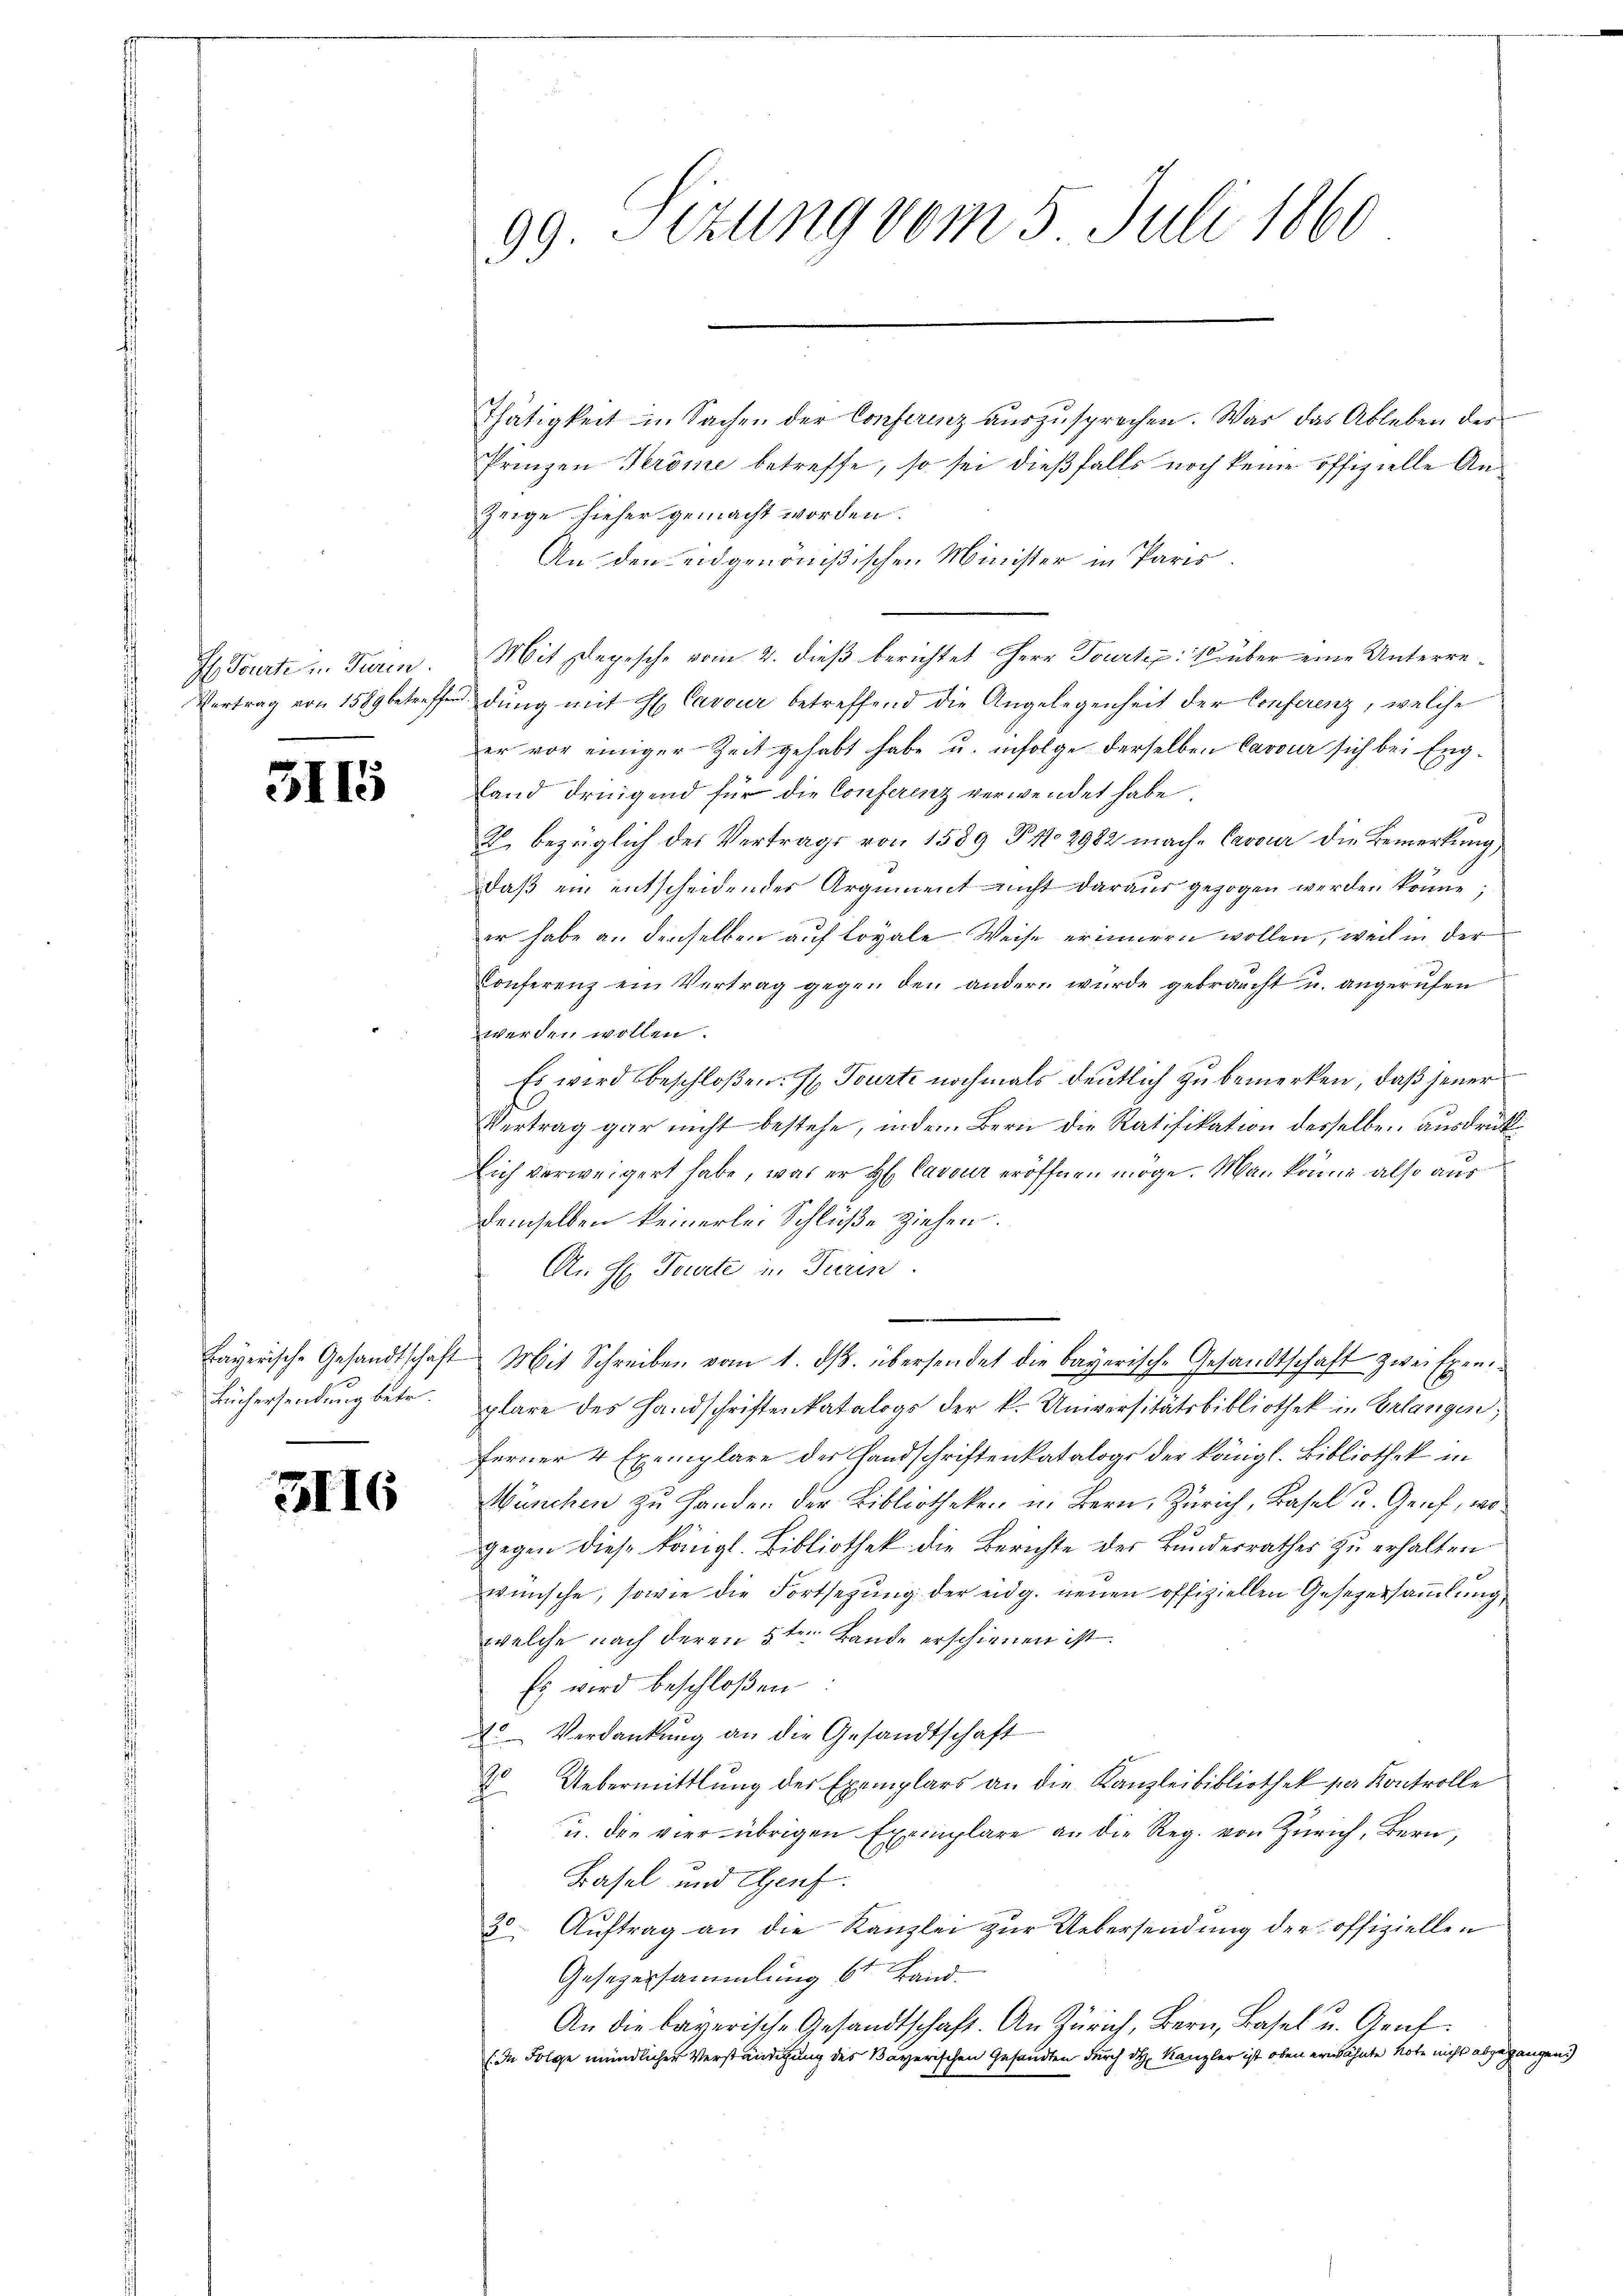
1. Tourte in Turin.
Vertrag von 1589 betreffen

311

31

1

Büchersendung betr.

I6

9. Sizung vom 5. Juli 1860
9.

Thätigkeit in Sachen der Conferenz auszusprechen. Was das Ableben des
Prinzen Keröme betreffe, so sei dießfalls noch keine offizielle An¬
Zeige hieher gemacht worden.
An den eidgenößischen Minister in Paris.
Mit Depesche vom 2. dieß berichtet Herr Fourkp: drüber eine Unterredung mit H. Cavour betreffend die Angelegenheit der Conferenz, welche
er vor einiger Zeit gehabt habe u. infolge derselben Cavoir sich bei England dreigend für die Conferenz verwendet habe.
2. bezüglich des Vertrags von 1589 P No 2982 mache Cavouir die Bemerkung,
daß ein entscheidender Argument nicht daraus gezogen werden könne;
er habe an denselben auf loyale Weise erinnern wollen, weil in der
Conferenz ein Vertrag gegen den andern wurde gebraucht u. angerufen
werden wollen.
Es wird beschloßen: H. Tourte nochmals deutlich zu bemerken, daß jener
Vertrag gar nicht bestehe, indem Bern die Ratifikation desselben ausdrück¬
Eich verweigert habe, was er H: Caveur eröffnen möge. Man könne also aus
Demselben keinerlei Schlüße ziehen.
An H. Tourte in Turin.
Bayerische Gesandtschaft Mit Schreiben vom 1. dβ. übersendet die bayerische Gesandtschaft zwei Exem
plare des Handschriftenkatalogs der k. Universitätsbibliothek in Erlangen,
ferner 4 Exemplare des Handschriftenkatalogs der königl. Bibliothek in
Wünchen zu Handen der Bibliotheken u. Bern, Zürich, Basel u. Genf, wogegen diese königl. Bibliothek die Berichte der Bundesrathes zu erhalten
wünsche, sowie die Fortsezung der eidg. neuen offiziellen Gesezersammlung
welche nach deren 5ten Bande erschienen ist.
Es wird beschloßen
4 Verdankŭng an die Gesandtschaft
2 Uebermittlung der Exemplars an die Kanzleibibliothek par Kontrolle
u. die vier übrigen Exemplare an die Reg. von Zürich, Bern,
Basel und Genf.
30. Auftrag an die Kanzlei zŭr Uebersendung der offiziellen
Gesezessammlung 6t Land¬
An die bayerische Gesandtschaft. An Zürich, Bern, Basel u. Genf
(In Folge mündlicher Verständigung des Bayerischen Gesandten durch dh. Kanzler ist oben erwähnte Note nicht abgegangen.)